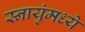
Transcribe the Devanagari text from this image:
स्नायुंमध्ये